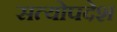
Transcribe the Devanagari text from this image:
सत्योपदेश